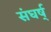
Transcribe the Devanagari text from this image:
संघर्ष्